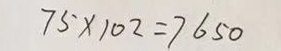
7 5 \times 1 0 2 = 7 6 5 0